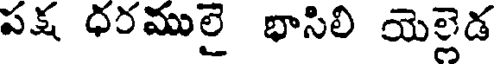
పక్ష ధరములై భాసిలి యెల్లెడ